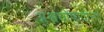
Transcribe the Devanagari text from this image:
अश्वघोषादीनां